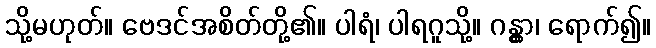
သို့မဟုတ်။ ဗေဒင်အစိတ်တို့၏။ ပါရံ၊ ပါရဂူသို့။ ဂန္တွာ၊ ရောက်၍။